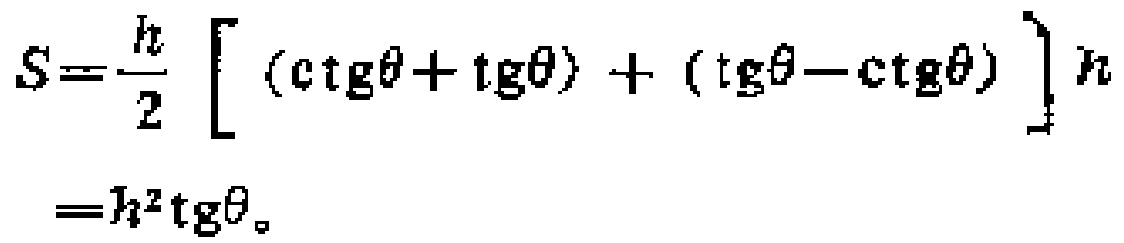
\[
\begin{align*}
S&=\frac{h}{2}\left[ (\mathrm{ctg}\theta+\mathrm{tg}\theta)+(\mathrm{tg}\theta - \mathrm{ctg}\theta)\right]h\\
&=h^{2}\mathrm{tg}\theta。
\end{align*}
\]